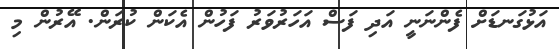
އަޅުގަނޑަށް ފެންނަނީ އަދި ފަސް އަހަރުވަރު ފަހުން އެކަން ކުރަން. އޭރުން މި